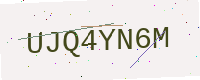
Text: UJQ4YN6M